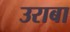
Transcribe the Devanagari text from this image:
उराबा